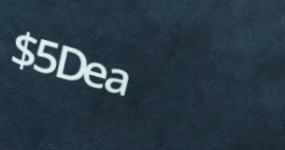
$5Deal